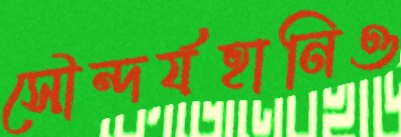
সৌন্দর্যহানিও